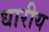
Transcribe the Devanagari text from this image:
धारीय